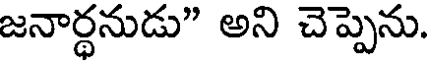
జనార్థనుడు" అని చెప్పెను.